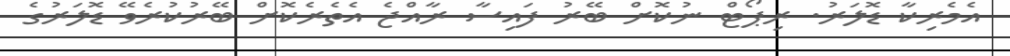
އެމެރިކާ ޑޮލަރު. ރިޕޯޓް ނުކޮށް ބޭރު ފައިސާ ރާއްޖެ އެތެރެކޮށް ބޭރުކުރެވޭ ޑޮލަރުގެ